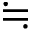
\fallingdotseq